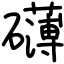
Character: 礴